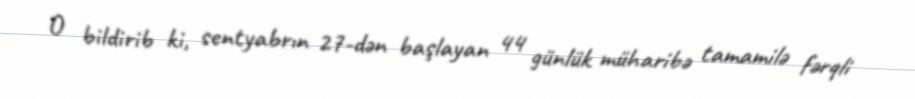
O bildirib ki, sentyabrın 27-dən başlayan 44 günlük müharibə tamamilə fərqli